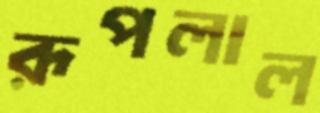
রূপলাল